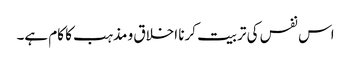
اس نفس کی تربیت کرنا اخلاق و مذہب کا کام ہے۔